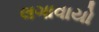
લગાવાયો